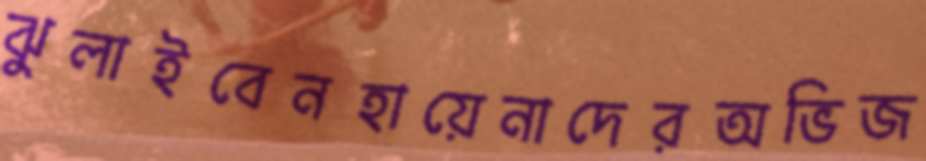
ঝুলাইবেনহায়েনাদেরঅভিজ